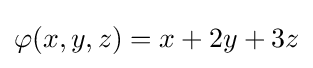
\varphi (x,y,z)=x+2y+3z